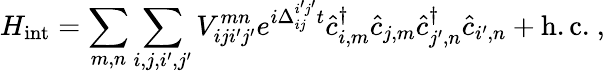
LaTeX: H_{\mathrm{int}}=\sum_{m,n}\sum_{i,j,i^{\prime},j^{\prime}}V_{iji^{\prime}j^{\prime}}^{mn}e^{i\Delta_{ij}^{i^{\prime}j^{\prime}}t}\hat{c}_{i,m}^{\dagger}\hat{c}_{j,m}\hat{c}_{j^{\prime},n}^{\dagger}\hat{c}_{i^{\prime},n}+\mathrm{h.c.}\ ,